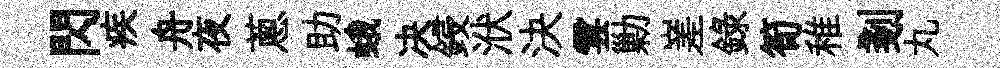
閃疾舟夜蔥助蛾决鋟洑決雲勦嵳録筍稚剗丸